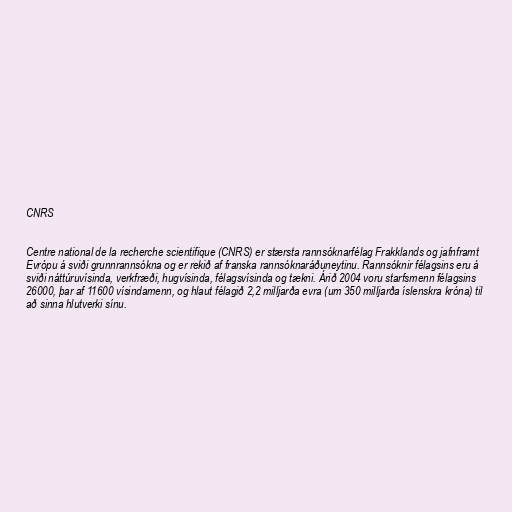
CNRS

Centre national de la recherche scientifique (CNRS) er stærsta rannsóknarfélag Frakklands og jafnframt
Evrópu á sviði grunnrannsókna og er rekið af franska rannsóknaráðuneytinu. Rannsóknir félagsins eru á
sviði náttúruvísinda, verkfræði, hugvísinda, félagsvísinda og tækni. Árið 2004 voru starfsmenn félagsins
26000, þar af 11600 vísindamenn, og hlaut félagið 2,2 milljarða evra (um 350 milljarða íslenskra króna) til
að sinna hlutverki sínu.